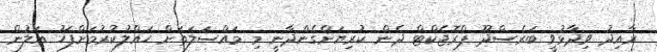
ރާއިދު ވިދާޅުވީ ބަރެސްދޫ ޕްރޮޖެކްޓް ދެން ކުރިޔަށްގެންދާނީ މި މައްސަލަތަށް ހައްލުކުރުމަށްފަހު އަލުން